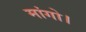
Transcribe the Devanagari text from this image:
मांगो।